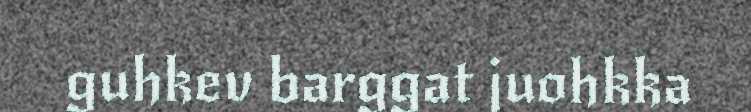
guhkev barggat juohkka